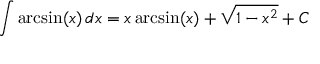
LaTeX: \int \arcsin ( x ) \, d x = x \arcsin ( x ) + { \sqrt { 1 - x ^ { 2 } } } + C